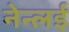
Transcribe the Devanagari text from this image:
नेन्लई